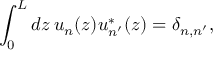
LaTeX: \int _ { 0 } ^ { L } d z \, u _ { n } ( z ) u _ { n ^ { \prime } } ^ { * } ( z ) = \delta _ { n , n ^ { \prime } } ,